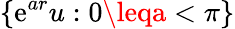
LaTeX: \lbrace\mathrm{e}^{ar}u:0\leqa<\pi\rbrace